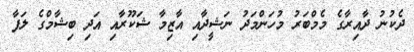
ދެކުނު ދާއިރާގެ މެމްބަރު މުހަންމަދު ނަޝީދާއި އާޒިމާ ޝަކޫރާއި އަދި ބިޝާމްގެ ލަފާ